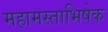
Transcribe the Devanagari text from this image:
महामस्ताभिषेक